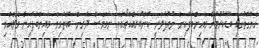
ހެޔޮގޮތުގައި ބޮޑުކުރުމަށް މައިންބަފައިން ނުއުފުލަނީ ކޮންބުރައެއްތޯއެވެ. ނަމަވެސް ދަރިން ބޮޑެތަވިވެ މައިންބަފައިން ވެލެއްވި